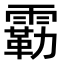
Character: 𫕬